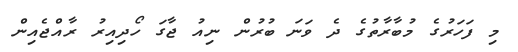
މި ފަހަރުގެ މުބާރާތުގެ ދެ ވަނަ ބުރުން ނިއު ޖާގަ ހޯދިއިރު ރާއްޖެއިން